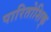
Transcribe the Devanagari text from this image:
पारितोशिक्